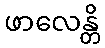
ဖာလေန္တိ